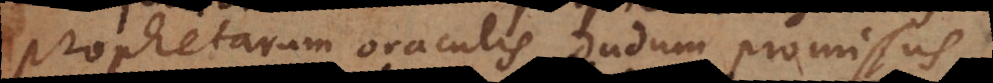
prophetarum oraculis dudum promissus.